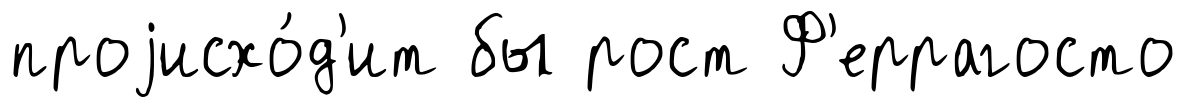
проjисхо́д'ит бы рост Ф'еррагосто